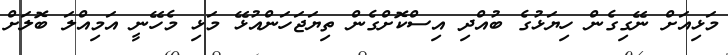
މަޅިއަށް ނޭގިގެން ހިޔަޅުގެ ބުއްދި އިސްކޮށްގެން ތިޔަޖަހަންއުޅޭ މަޅި މެހޭނީ އަމިއްލަ ބޮލަށް